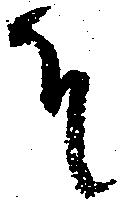
そ